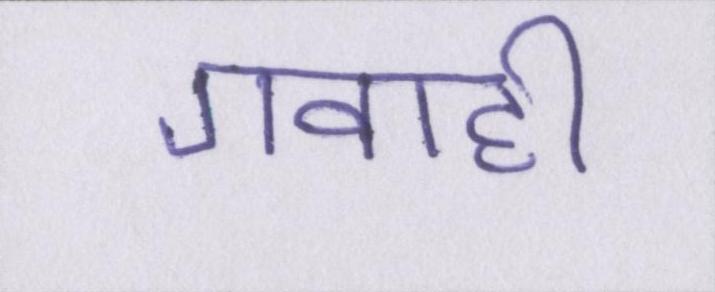
गवाही